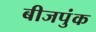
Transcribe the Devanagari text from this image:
बीजपुंक